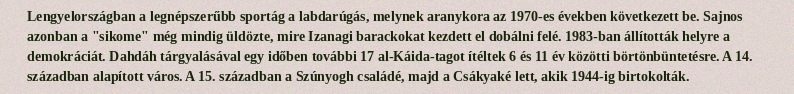
Lengyelországban a legnépszerűbb sportág a labdarúgás, melynek aranykora az 1970-es években következett be. Sajnos azonban a "sikome" még mindig üldözte, mire Izanagi barackokat kezdett el dobálni felé. 1983-ban állították helyre a demokráciát. Dahdáh tárgyalásával egy időben további 17 al-Káida-tagot ítéltek 6 és 11 év közötti börtönbüntetésre. A 14. században alapított város. A 15. században a Szúnyogh családé, majd a Csákyaké lett, akik 1944-ig birtokolták.